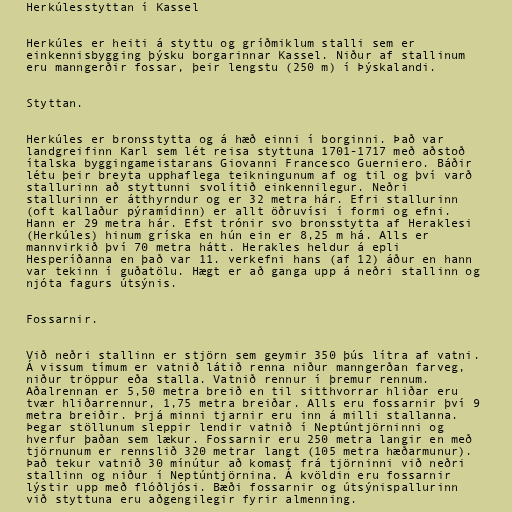
Herkúlesstyttan í Kassel

Herkúles er heiti á styttu og gríðmiklum stalli sem er
einkennisbygging þýsku borgarinnar Kassel. Niður af stallinum
eru manngerðir fossar, þeir lengstu (250 m) í Þýskalandi.

Styttan.

Herkúles er bronsstytta og á hæð einni í borginni. Það var
landgreifinn Karl sem lét reisa styttuna 1701-1717 með aðstoð
ítalska byggingameistarans Giovanni Francesco Guerniero. Báðir
létu þeir breyta upphaflega teikningunum af og til og því varð
stallurinn að styttunni svolítið einkennilegur. Neðri
stallurinn er átthyrndur og er 32 metra hár. Efri stallurinn
(oft kallaður pýramídinn) er allt öðruvísi í formi og efni.
Hann er 29 metra hár. Efst trónir svo bronsstytta af Heraklesi
(Herkúles) hinum gríska en hún ein er 8,25 m há. Alls er
mannvirkið því 70 metra hátt. Herakles heldur á epli
Hesperíðanna en það var 11. verkefni hans (af 12) áður en hann
var tekinn í guðatölu. Hægt er að ganga upp á neðri stallinn og
njóta fagurs útsýnis.

Fossarnir.

Við neðri stallinn er stjörn sem geymir 350 þús lítra af vatni.
Á vissum tímum er vatnið látið renna niður manngerðan farveg,
niður tröppur eða stalla. Vatnið rennur í þremur rennum.
Aðalrennan er 5,50 metra breið en til sitthvorrar hliðar eru
tvær hliðarrennur, 1,75 metra breiðar. Alls eru fossarnir því 9
metra breiðir. Þrjá minni tjarnir eru inn á milli stallanna.
Þegar stöllunum sleppir lendir vatnið í Neptúntjörninni og
hverfur þaðan sem lækur. Fossarnir eru 250 metra langir en með
tjörnunum er rennslið 320 metrar langt (105 metra hæðarmunur).
Það tekur vatnið 30 mínútur að komast frá tjörninni við neðri
stallinn og niður í Neptúntjörnina. Á kvöldin eru fossarnir
lýstir upp með flóðljósi. Bæði fossarnir og útsýnispallurinn
við styttuna eru aðgengilegir fyrir almenning.